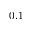
0 . 1